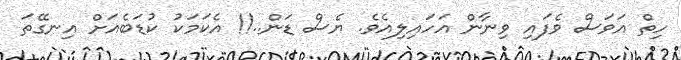
ހިތް އަވަސް ވެފައި ވިނާން އަހައިލިއެވެ. ޔެސް ޑަން..!! އެކަމަކު ކުޑަބެއަށް އިނގޭތަ